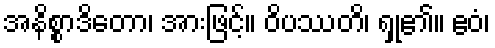
အနိစ္စာဒိတော၊ အားဖြင့်။ ဝိပဿတိ၊ ရှု၏။ ဧဝံ၊